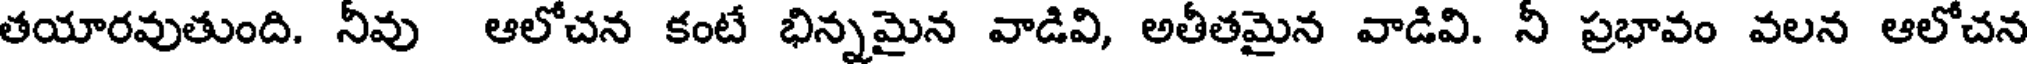
తయారవుతుంది. నీవు ఆలోచన కంటే భిన్నమైన వాడివి, అతీతమైన వాడివి. నీ ప్రభావం వలన ఆలోచన